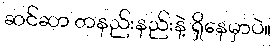
ဆင်ဆာ တနည်းနည်းနဲ့ ရှိနေမှာပဲ။